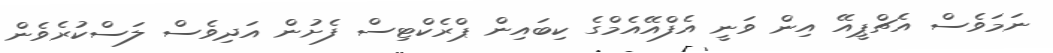
ނަމަވެސް އެޗްޕީއޭ އިން ވަނީ އެފްއޭއެމްގެ ކިބައިން ޕްރެކްޓިސް ފެށުން އަދިވެސް ލަސްކުރެވެން